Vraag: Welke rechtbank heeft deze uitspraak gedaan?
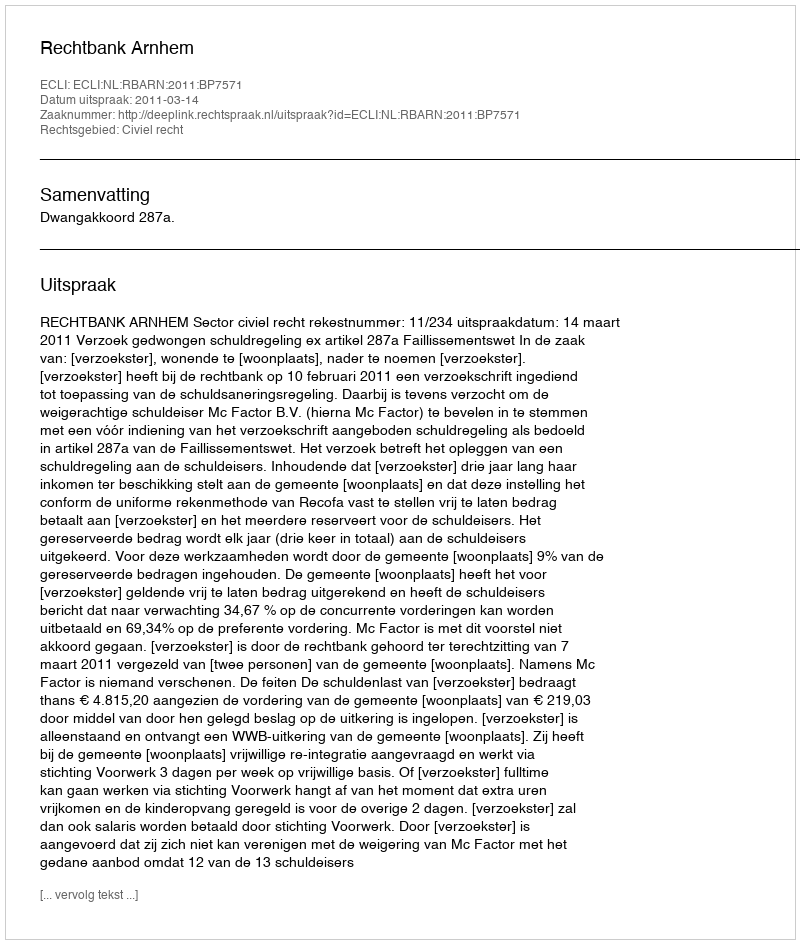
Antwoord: Rechtbank Arnhem